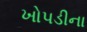
ખોપડીના